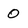
Character: 0